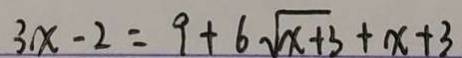
3 x - 2 = 9 + 6 \sqrt { x + 3 } + x + 3